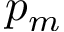
p _ { m }